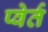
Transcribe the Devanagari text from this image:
प्वेर्त